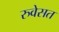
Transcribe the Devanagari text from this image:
रुवेसत